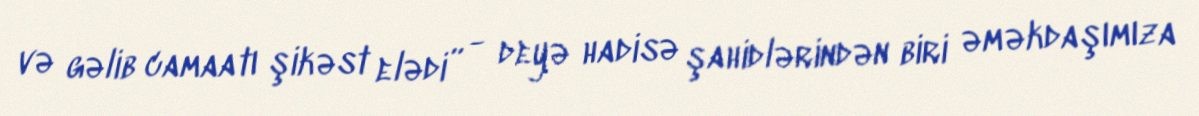
və gəlib camaatı şikəst elədi” - deyə hadisə şahidlərindən biri əməkdaşımıza